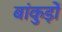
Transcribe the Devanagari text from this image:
बांकुड़ों